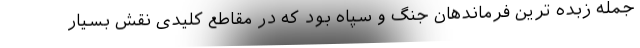
جمله زبده ترین فرماندهان جنگ و سپاه بود که در مقاطع کلیدی نقش بسیار